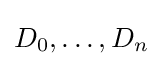
D_{0},\ldots ,D_{n}